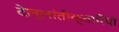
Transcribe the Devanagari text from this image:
देल्लांतीक्वारियों